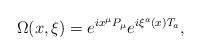
\begin{align*}\Omega(x,\xi)=e^{i x^\mu P_\mu} e^{i\xi^a(x) T_a},\end{align*}